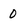
Character: 0